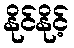
နိုင်နိုင့်